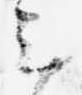
云